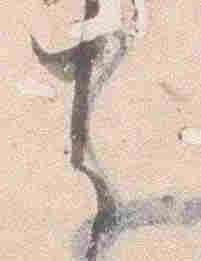
者